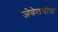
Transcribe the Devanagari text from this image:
जेवेलथीफ